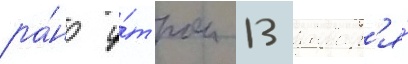
ра́но у́тром 13 январ'я́